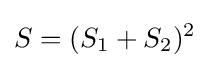
S=(S_{1}+S_{2})^{2}